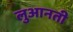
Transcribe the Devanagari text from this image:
लुआनती